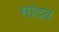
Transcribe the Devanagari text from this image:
मांदव